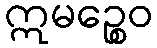
ဣမဉ္စေဝ